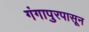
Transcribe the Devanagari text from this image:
गंगापुरपासून